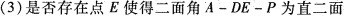
(3)是否存在点E使得二面角A-DE-P为直二面